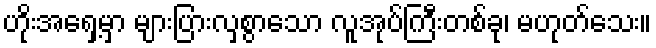
ဟိုးအရှေ့မှာ များပြားလှစွာသော လူအုပ်ကြီးတစ်ခု၊ မဟုတ်သေး။